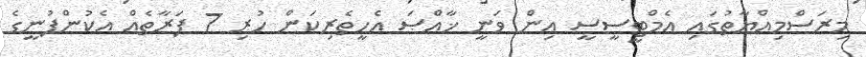
މިރަސްމިއްޔާތުގައި އެމްޓީސީސީ އިން ވަނީ ޚާއްޞަ އެހީތެރިކަން ހުރި 7 ފަރާތެއް އެކުންފުނީގެ